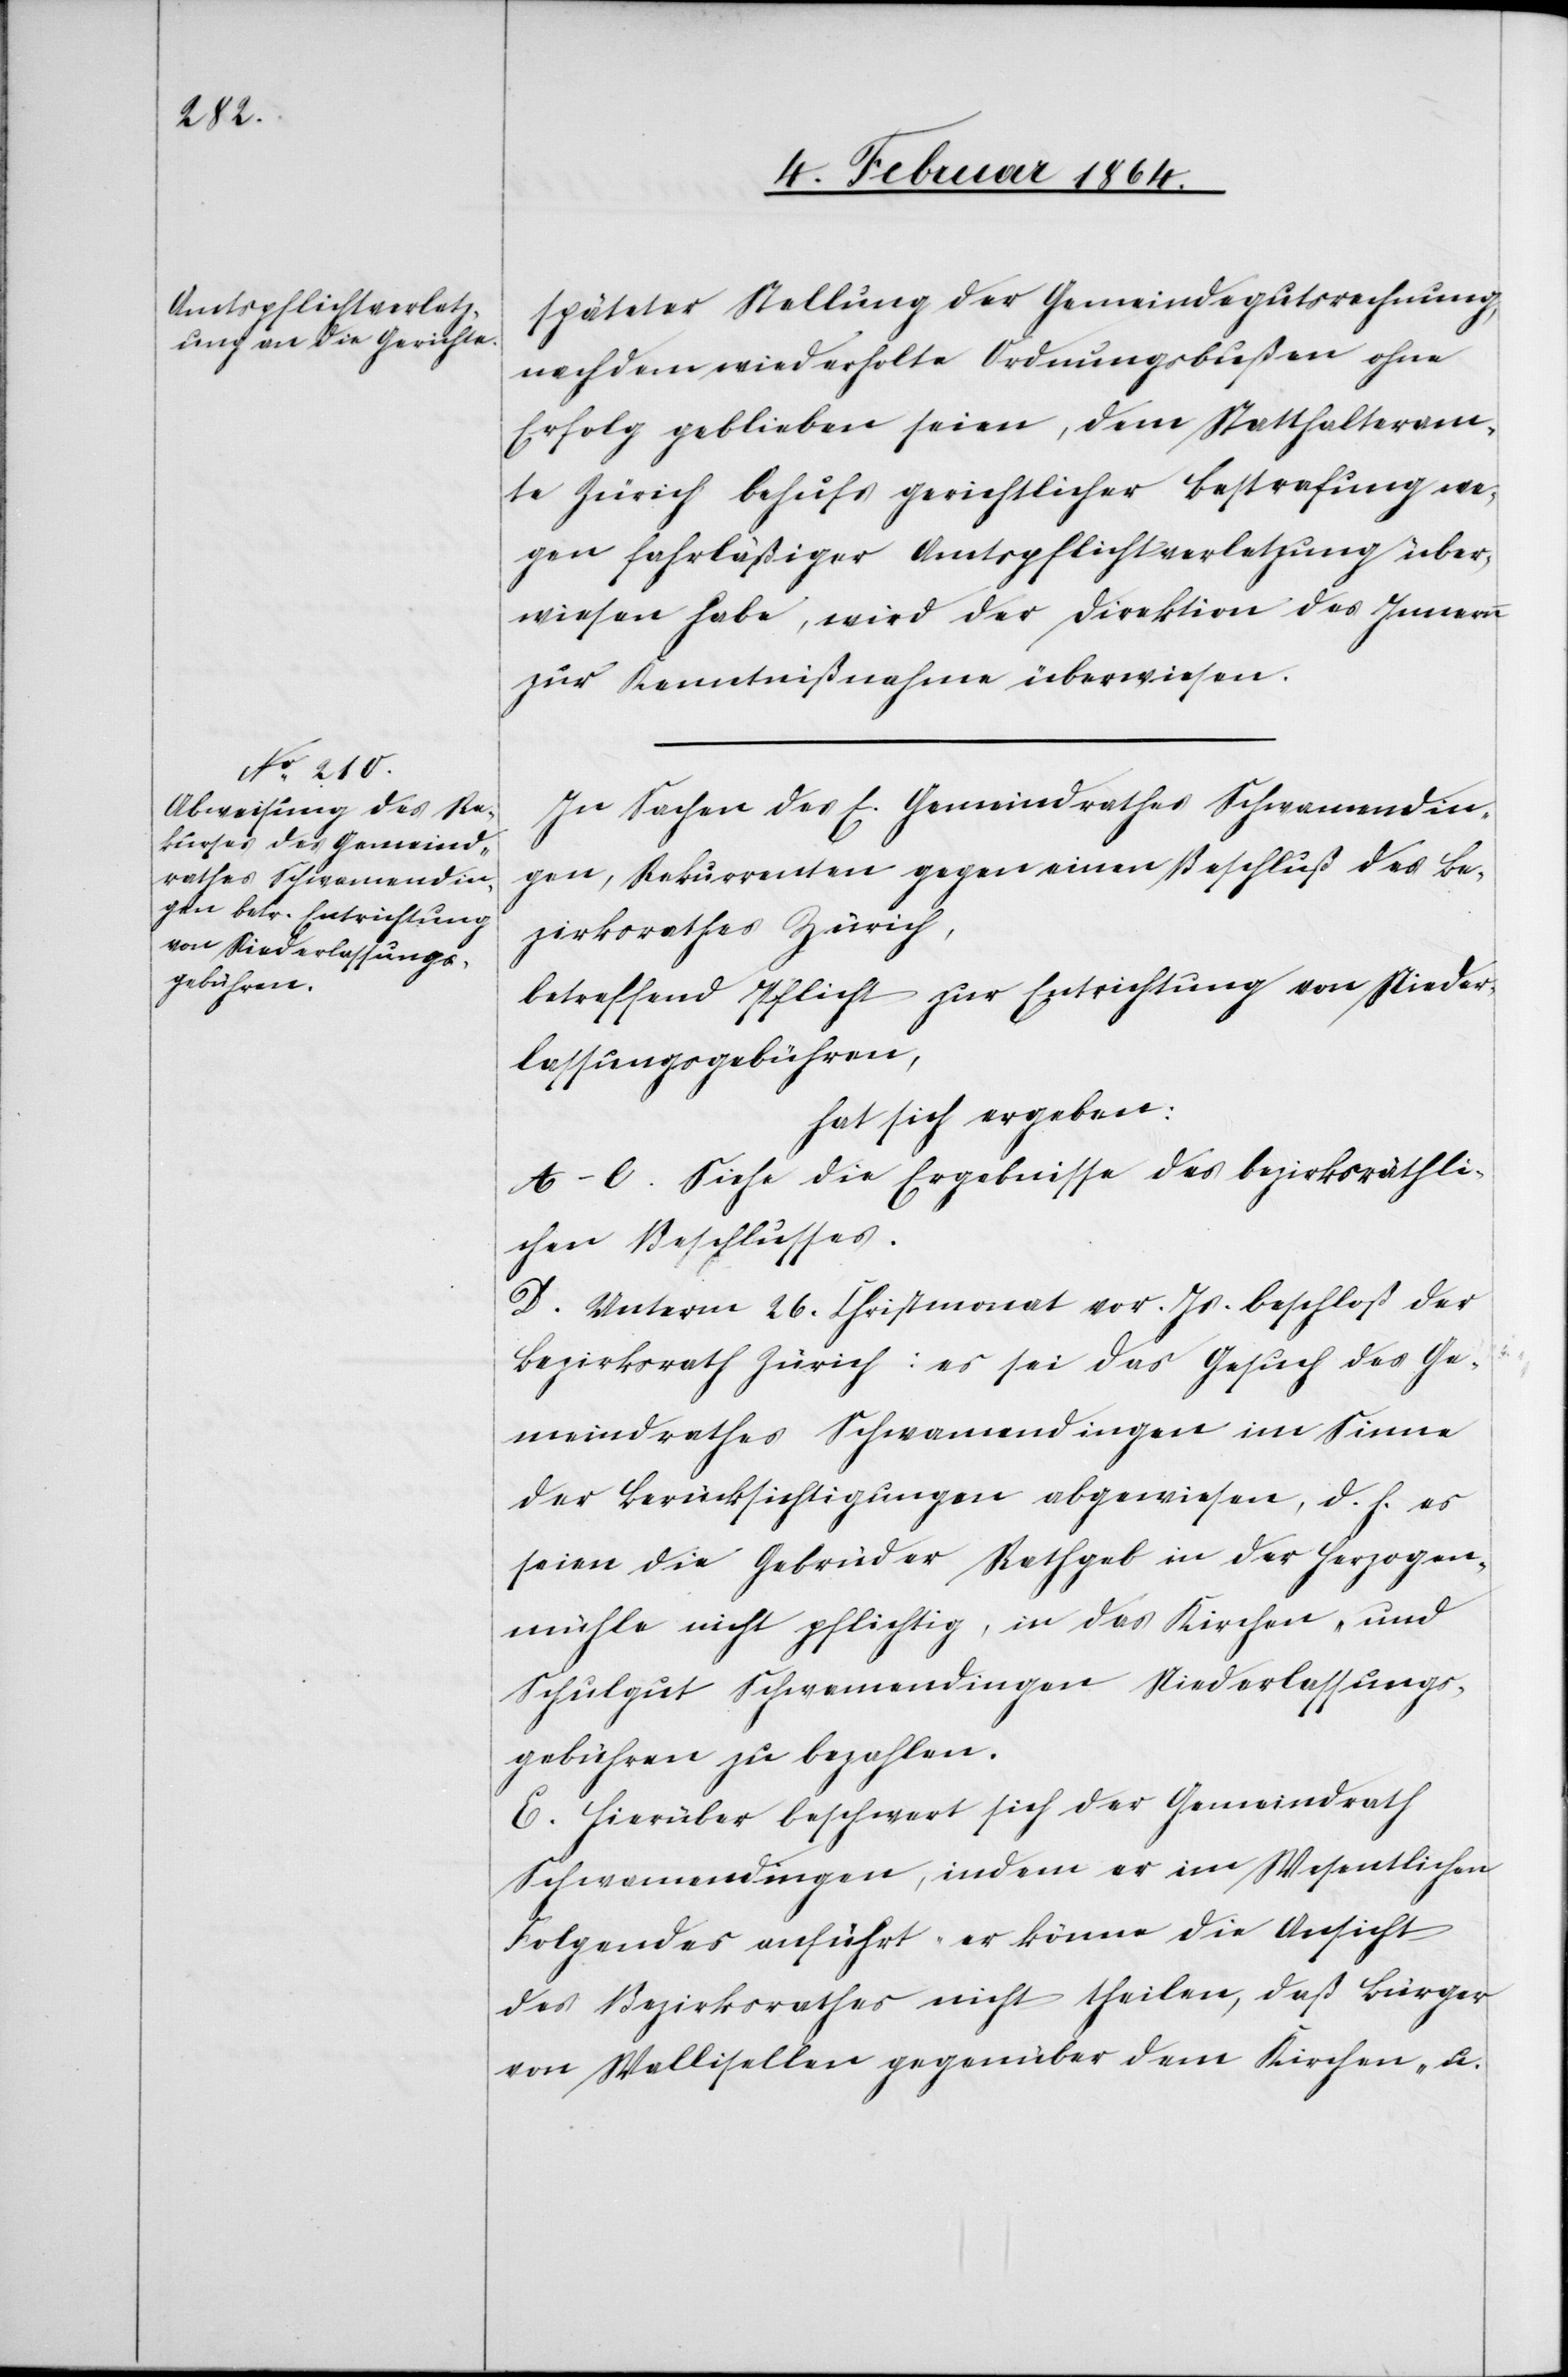
späteter Stellung der Gemeindegutsrechnung
nachdem wiederholte Ordnungsbußen ohne
Erfolg geblieben seien, dem Statthalteram¬
te Zürich behufs gerichtlicher Bestrafung we¬
gen fahrläßiger Amtspflichtverletzung über¬
wiesen habe, wird der Direktion des Innern
zur Kenntnißnahme überwiesen.
In Sachen des E. Gemeindrathes Schwamendin¬
gen, Rekurrenten gegen einen Beschluß des Be¬
zirksrathes Zürich,
betreffend Pflicht zur Entrichtung von Nieder¬
lassungsgebühren,
hat sich ergeben:
A-C. Siehe die Ergebnisse des bezirksräthli¬
chen Beschlusses.
D. Unterm 26. Christmonat vor. Js. beschloß der
Bezirksrath Zürich: es sei das Gesuch des Ge¬
meindrathes Schwamendingen im Sinne
der Berücksichtigungen abgewiesen, d. h. es
seien die Gebrüder Rathgeb in der Herzogen¬
mühle nicht pflichtig, in das Kirchen- und
Schulgut Schwamendingen Niederlassungs¬
gebühren zu bezahlen.
E. Hierüber beschwert sich der Gemeindrath
Schwamendingen, indem er im Wesentlichen
Folgendes anführt[:] er könne die Ansicht
des Bezirksrathes nicht theilen, daß Bürger
von Wallisellen gegenüber dem Kirchen- u.